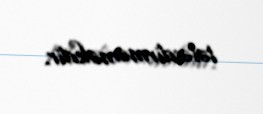
tələsdirməməkdir.